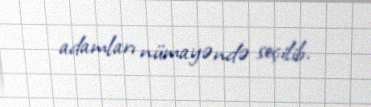
adamları nümayəndə seçilib.